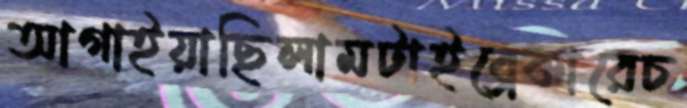
আগাইয়াছিলামটাইব্রেকারেচ